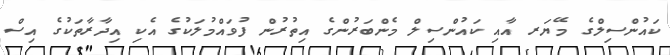
ކައުންސިލްގެ މޭޔަރ އާއި ކައުންސިލް މެންބަރުންގެ އިތުރުން ފުވައްމުލަކުގެ އެކި އިދާރާތަކުގެ އިސް